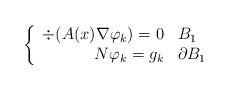
LaTeX: \begin{align*}\left\{\begin{array}{rl}\div(A(x) \nabla \varphi_k) = 0 & B_1\\N \varphi_k = g_k & \partial B_1\end{array}\right.\end{align*}